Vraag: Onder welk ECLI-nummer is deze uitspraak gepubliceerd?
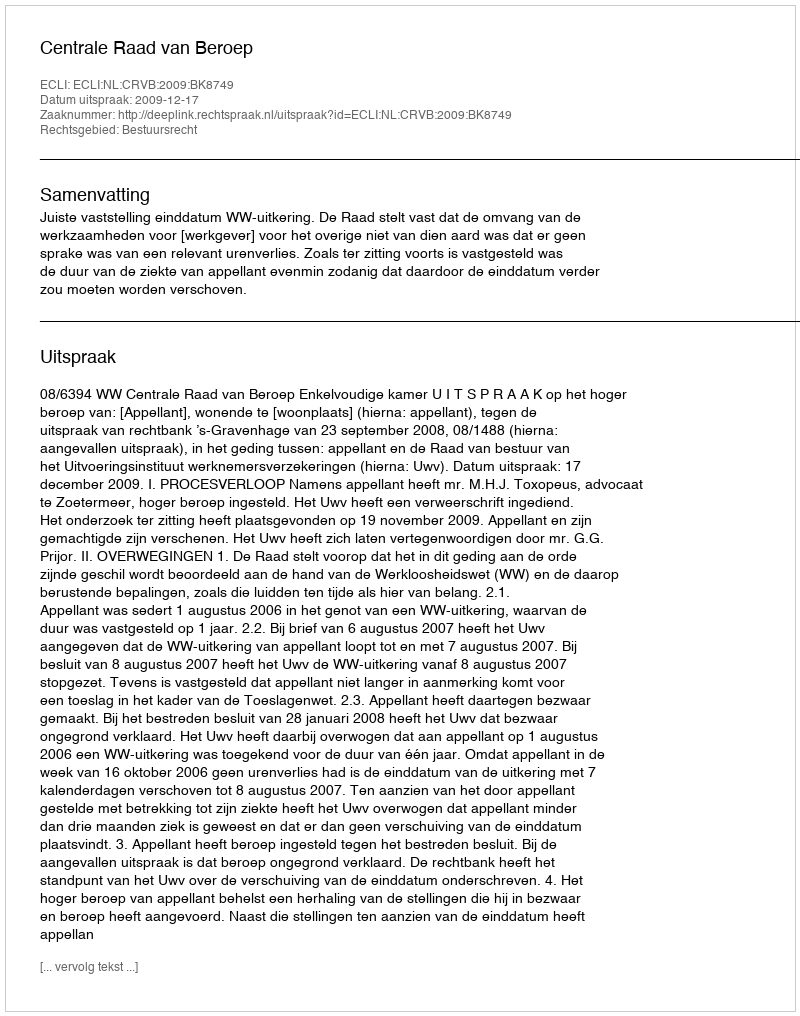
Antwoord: ECLI:NL:CRVB:2009:BK8749